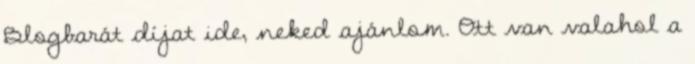
Blogbarát díjat ide, neked ajánlom. Ott van valahol a